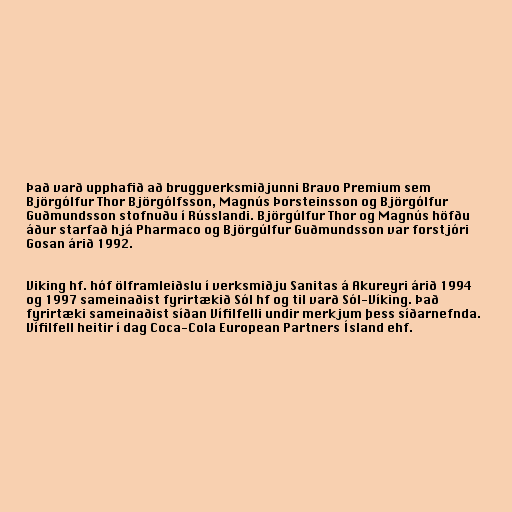
Það varð upphafið að bruggverksmiðjunni Bravo Premium sem
Björgólfur Thor Björgólfsson, Magnús Þorsteinsson og Björgólfur
Guðmundsson stofnuðu í Rússlandi. Björgúlfur Thor og Magnús höfðu
áður starfað hjá Pharmaco og Björgúlfur Guðmundsson var forstjóri
Gosan árið 1992.

Viking hf. hóf ölframleiðslu í verksmiðju Sanitas á Akureyri árið 1994
og 1997 sameinaðist fyrirtækið Sól hf og til varð Sól-Víking. Það
fyrirtæki sameinaðist síðan Vífilfelli undir merkjum þess síðarnefnda.
Vífilfell heitir í dag Coca-Cola European Partners Ísland ehf.